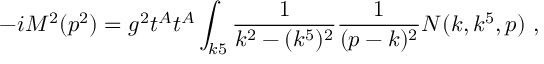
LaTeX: - i M ^ { 2 } ( p ^ { 2 } ) = g ^ { 2 } t ^ { A } t ^ { A } \int _ { k 5 } { \frac { 1 } { k ^ { 2 } - ( k ^ { 5 } ) ^ { 2 } } } { \frac { 1 } { ( p - k ) ^ { 2 } } } N ( k , k ^ { 5 } , p ) \ ,